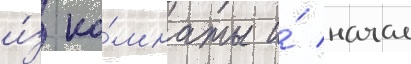
и́з ко́мнаты и́ начал